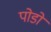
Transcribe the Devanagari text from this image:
पोडो